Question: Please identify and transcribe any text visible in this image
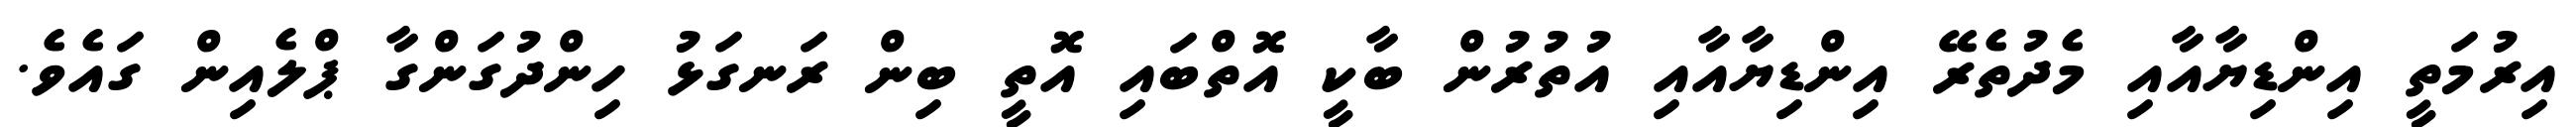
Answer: އިރުމަތީ އިންޑިޔާއާއި މެދުތެރޭ އިންޑިޔާއާއި އުތުރުން ބާކީ އޮތްބައި އޮތީ ބިން ރަނގަޅު ހިންދުގަންގާ ޕްލެއިން ގައެވެ.